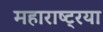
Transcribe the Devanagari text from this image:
महाराष्ट्रया